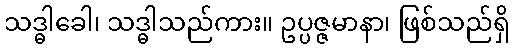
သဒ္ဓါခေါ၊ သဒ္ဓါသည်ကား။ ဥပ္ပဇ္ဇမာနာ၊ ဖြစ်သည်ရှိ